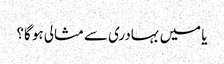
یا میں بہادری سے مثالی ہو گا؟